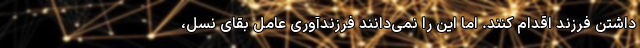
داشتن فرزند اقدام کنند. اما این را نمی‌دانند فرزندآوری عامل بقای نسل،